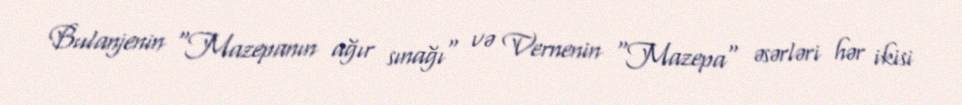
Bulanjenin "Mazepanın ağır sınağı" və Vernenin "Mazepa" əsərləri hər ikisi